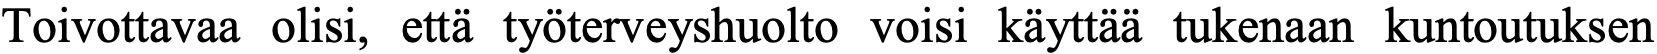
Toivottavaa olisi, että työterveyshuolto voisi käyttää tukenaan kuntoutuksen